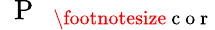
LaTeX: \mathrm{~\mathrm{~P~}~}_{\mathrm{~\footnotesize~c~o~r~}}